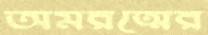
অমরত্মের